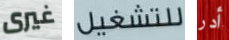
غيرى للتشغيل أدر